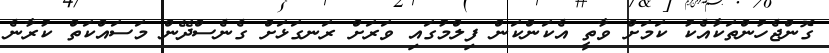
ގޮންޖެހުންތަކާއެކު ކަމަށް ވާތީ އެކަންކަން ފިލްމުގައި ވަރަށް ރަނގަޅަށް ގެނެސްދޭން މަސައްކަތް ކުރާނެ